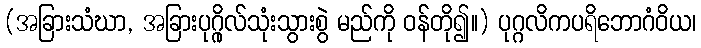
(အခြားသံဃာ, အခြားပုဂ္ဂိုလ်သုံးသွားစွဲ မည်ကို ဝန်တို၍။) ပုဂ္ဂလိကပရိဘောဂံဝိယ၊